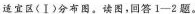
适宜区(Ⅰ)分布图。读图，回答1-2题。